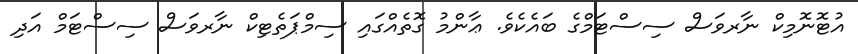
އުޓޮނޮމިކް ނާރވަސް ސިސްޓަމްގެ ބައެކެވެ. ޢާންމު ގޮތެއްގައި ސިމްޕަތެޓިކް ނާރވަސް ސިސްޓަމް އަދި